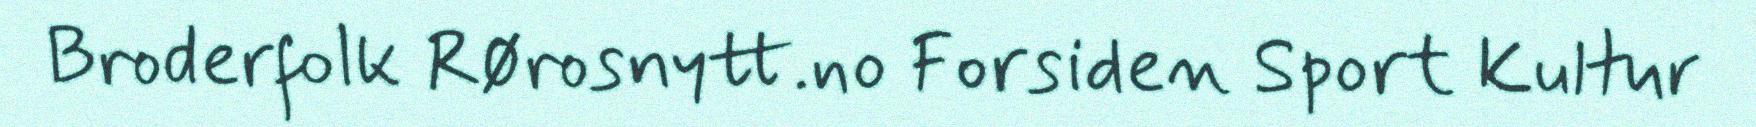
Broderfolk Rørosnytt.no Forsiden Sport Kultur